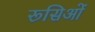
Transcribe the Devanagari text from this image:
रूसिओं